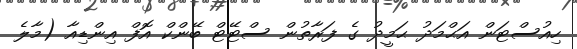
ހިއުސްޓަން އަޙްމަދު ޙަމީދު ގެ ފަރާތުން ސްޓޭޓް ބޭންކް އޮފް އިންޑިއާ (މާލެ